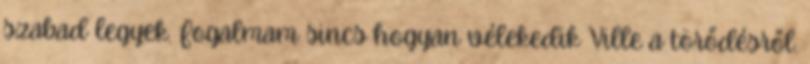
szabad legyek. Fogalmam sincs hogyan vélekedik Ville a törődésről.